[Report on the health of British troops in the Madras command]
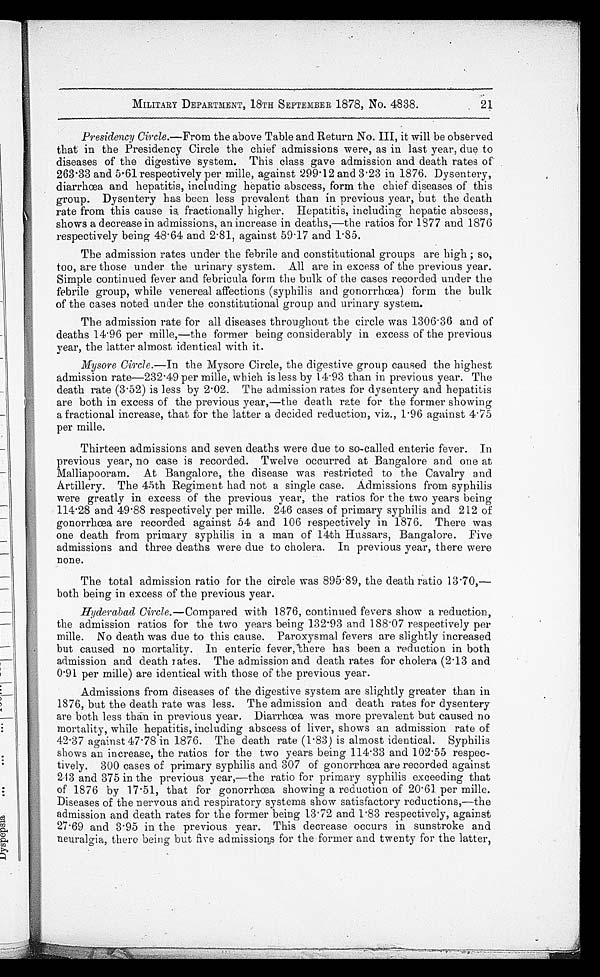
MILITARY DEPARTMENT, 18TH SEPTEMBER 1878, No. 4838.
Presidency Circle.—From the above Table and Return No. III, it will be observed
that in the Presidency Circle the chief admissions were, as in last year, due to
diseases of the digestive system. This class gave admission and death rates of
263.33 and 5.61 respectively per mille, against 299.12 and 3.23 in 1876. Dysentery,
diarrhœa and hepatitis, including hepatic abscess, form the chief diseases of this
group. Dysentery has been less prevalent than in previous year, but the death
rate from this cause is fractionally higher. Hepatitis, including hepatic abscess,
shows a decrease in admissions, an increase in deaths,—the ratios for 1877 and 1876
respectively being 48.64 and 2.81, against 59.17 and 1.85.
The admission rates under the febrile and constitutional groups are high ; so,
too, are those under the urinary system. All are in excess of the previous year.
Simple continued fever and febricula form the bulk of the cases recorded under the
febrile group, while venereal affections (syphilis and gonorrhœa) form the bulk
of the cases noted under the constitutional group and urinary system.
The admission rate for all diseases throughout the circle was 1306.36 and of
deaths 14.96 per mille,—the former being considerably in excess of the previous
year, the latter almost identical with it.
Mysore Circle.—In the Mysore Circle, the digestive group caused the highest
admission rate—232.49 per mille, which is less by 14.93 than in previous year. The
death rate (3.52) is less by 2.02. The admission rates for dysentery and hepatitis
are both in excess of the previous year,—the death rate for the former showing
a fractional increase, that for the latter a decided reduction, viz., 1.96 against 4.75
per mille.
Thirteen admissions and seven deaths were due to so-called enteric fever. In
previous year, no case is recorded. Twelve occurred at Bangalore and one at
Malliapooram. At Bangalore, the disease was restricted to the Cavalry and
Artillery. The 45th Regiment had not a single case. Admissions from syphilis
were greatly in excess of the previous year, the ratios for the two years being
114.28 and 49.88 respectively per mille. 246 cases of primary syphilis and 212 of
gonorrhœa are recorded against 54 and 106 respectively in 1876. There was
one death from primary syphilis in a man of 14th Hussars, Bangalore. Five
admissions and three deaths were due to cholera. In previous year, there were
none.
The total admission ratio for the circle was 895.89, the death ratio 13.70,—
both being in excess of the previous year.
Hyderabad Circle.—Compared with 1876, continued fevers show a reduction,
the admission ratios for the two years being 132.93 and 188.07 respectively per
mille. No death was due to this cause. Paroxysmal fevers are slightly increased
but caused no mortality. In enteric fever, there has been a reduction in both
admission and death rates. The admission and death rates for cholera (2.13 and
0.91 per mille) are identical with those of the previous year.
Admissions from diseases of the digestive system are slightly greater than in
1876, but the death rate was less. The admission and death rates for dysentery
are both less than in previous year. Diarrhœa was more prevalent but caused no
mortality, while hepatitis, including abscess of liver, shows an admission rate of
42.37 against 47.78 in 1876. The death rate (1.83) is almost identical. Syphilis
shows an increase, the ratios for the two years being 114.33 and 102.55 respec
-tively. 300 cases of primary syphilis and 307 of gonorrhœa are recorded against
243 and 375 in the previous year,—the ratio for primary syphilis exceeding that
of 1876 by 17.51, that for gonorrhœa showing a reduction of 20.61 per mille.
Diseases of the nervous and respiratory systems show satisfactory reductions,—the
admission and death rates for the former being 13.72 and 1.83 respectively, against
27.69 and 3.95 in the previous year. This decrease occurs in sunstroke and
neuralgia, there being but five admissions for the former and twenty for the latter,
21